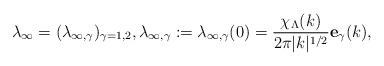
LaTeX: \begin{align*}\lambda_{\infty} = (\lambda_{\infty,\gamma})_{\gamma =1,2}, \lambda_{\infty,\gamma} := \lambda_{\infty,\gamma}(0) = \frac{\chi_{\Lambda}(k)}{2\pi|k|^{1/2}} \mathbf{e}_{\gamma}(k),\end{align*}